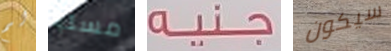
لم مسليا جنيه سيكون